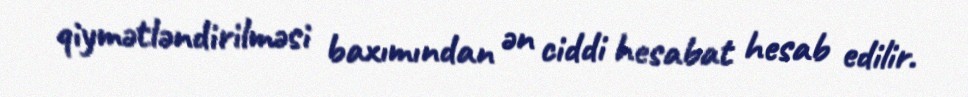
qiymətləndirilməsi baxımından ən ciddi hesabat hesab edilir.